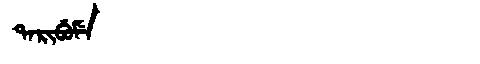
Manchu: ᡨᠠᡵᡳᠪᡠᠮᡝ
Romanization: TARIBUME